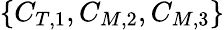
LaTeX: \{ C_{T,1},C_{M,2},C_{M,3}\}